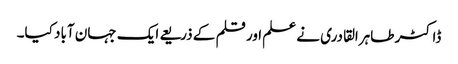
ڈاکٹر طاہرالقادری نے علم اور قلم کے ذریعے ایک جہان آباد کیا۔